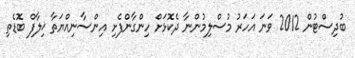
ބުދިސްޓުން 2012 ވަނަ އަހަރު މުސްލިމުންނާ ދެކޮޅަށް ހިންގާންފެށި އިންސާނިއްޔަތާ ޚިލާފް ބޮޑެތި